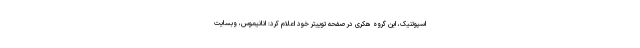
اسپوتنیک، این گروه هکری در صفحه توییتر خود اعلام کرد: انانیموس، وبسایت